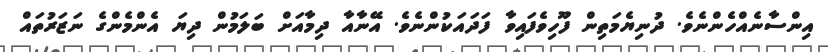
އިންސާނެއްހެންނެވެ. ދުނިޔެމަތިން ފޫހިވެފައިވާ ފަދައަކުންނެވެ. އޭނާއާ ދިމާއަށް ބަލަމުން ދިޔަ އެންމެންގެ ނަޒަރުތައް